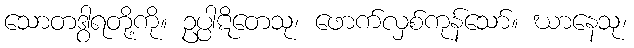
သောတဒွါရတို့ကို။ ဥပ္ပါဋိတေသု၊ ဖောက်လှစ်ကုန်သော်။ ဃာနေသု၊